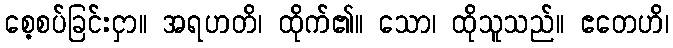
စေ့စပ်ခြင်းငှာ။ အရဟတိ၊ ထိုက်၏။ သော၊ ထိုသူသည်။ ဧတေဟိ၊